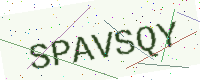
Text: SPAVSQY